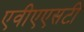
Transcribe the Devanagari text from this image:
एवीएएसटी